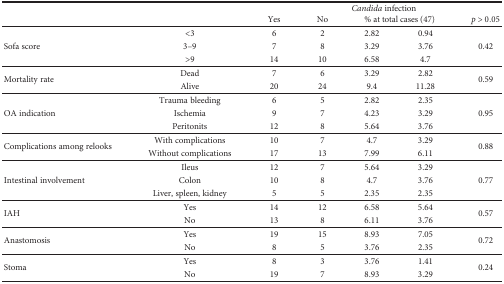
<table><thead><tr><td rowspan="2"></td><td rowspan="2"></td><td colspan="5"><b><i>Candida</i> infection</b></td></tr><tr><td><b>Yes</b></td><td><b>No</b></td><td colspan="2"><b>% at total cases (47)</b></td><td><b><i>p</i> &gt; 0.05</b></td></tr></thead><tbody><tr><td rowspan="3">Sofa score</td><td>&lt;3</td><td>6</td><td>2</td><td>2.82</td><td>0.94</td><td rowspan="3">0.42</td></tr><tr><td>3–9</td><td>7</td><td>8</td><td>3.29</td><td>3.76</td></tr><tr><td>&gt;9</td><td>14</td><td>10</td><td>6.58</td><td>4.7</td></tr><tr><td rowspan="2">Mortality rate</td><td>Dead</td><td>7</td><td>6</td><td>3.29</td><td>2.82</td><td rowspan="2">0.59</td></tr><tr><td>Alive</td><td>20</td><td>24</td><td>9.4</td><td>11.28</td></tr><tr><td rowspan="3">OA indication</td><td>Trauma bleeding</td><td>6</td><td>5</td><td>2.82</td><td>2.35</td><td rowspan="3">0.95</td></tr><tr><td>Ischemia</td><td>9</td><td>7</td><td>4.23</td><td>3.29</td></tr><tr><td>Peritonits</td><td>12</td><td>8</td><td>5.64</td><td>3.76</td></tr><tr><td rowspan="2">Complications among relooks</td><td>With complications</td><td>10</td><td>7</td><td>4.7</td><td>3.29</td><td rowspan="2">0.88</td></tr><tr><td>Without complications</td><td>17</td><td>13</td><td>7.99</td><td>6.11</td></tr><tr><td rowspan="3">Intestinal involvement</td><td>Ileus</td><td>12</td><td>7</td><td>5.64</td><td>3.29</td><td rowspan="3">0.77</td></tr><tr><td>Colon</td><td>10</td><td>8</td><td>4.7</td><td>3.76</td></tr><tr><td>Liver, spleen, kidney</td><td>5</td><td>5</td><td>2.35</td><td>2.35</td></tr><tr><td rowspan="2">IAH</td><td>Yes</td><td>14</td><td>12</td><td>6.58</td><td>5.64</td><td rowspan="2">0.57</td></tr><tr><td>No</td><td>13</td><td>8</td><td>6.11</td><td>3.76</td></tr><tr><td rowspan="2">Anastomosis</td><td>Yes</td><td>19</td><td>15</td><td>8.93</td><td>7.05</td><td rowspan="2">0.72</td></tr><tr><td>No</td><td>8</td><td>5</td><td>3.76</td><td>2.35</td></tr><tr><td rowspan="2">Stoma</td><td>Yes</td><td>8</td><td>3</td><td>3.76</td><td>1.41</td><td rowspan="2">0.24</td></tr><tr><td>No</td><td>19</td><td>7</td><td>8.93</td><td>3.29</td></tr></tbody></table>